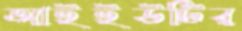
আইইউটির